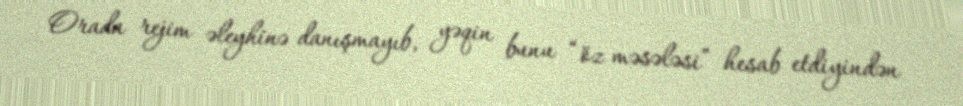
Orada rejim əleyhinə danışmayıb, yəqin bunu “öz məsələsi” hesab etdiyindən